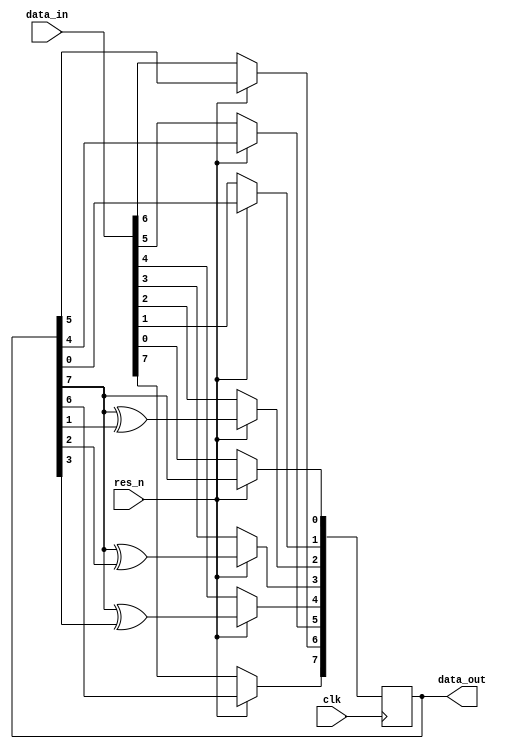
`timescale 1ns / 1ps
//////////////////////////////////////////////////////////////////////////////////
// Lauren Chambers and Kenzie Milhous
// Logic Design with Verilog
// April 2021
// 
// Design Name: 8-bit LFSR
// Module Name: lfsr_behavioral
// Project Name: LFSR
// Description: This 8-bit linear feedback shift register is implemented with behavioral Verilog.
// 
// Dependencies: none
//////////////////////////////////////////////////////////////////////////////////


module lfsr_behavioral(
    input clk, // drives the Flip Flops
    input res_n, // active low reset
    input [7:0] data_in, // load 8-bit bus in on low reset
    output [7:0] data_out // present state of the LFSR
    );
    
    //
    // Q will be synthesized as a register of Flip Flops
    //
    reg [7:0] Q;
    assign data_out = Q;
    
    // 
    // this block is executed 1 time before time 0 
    // Q can be initialized to anything but 0 to generate pseudorandom numbers
    // 
    initial begin
        Q = 8'h01;
    end
	
	//
	// on the positive clock edge the Flip Flops will be updated
	// the if-else is synthesized as a multiplexer
	// non-blocked assignment <= is used for synchronous blocks.
	//
    always @(posedge clk) begin
        if (~res_n) begin
            Q[7:0] <= data_in[7:0];   
        end
        else begin
            Q[0] <= Q[7];
            Q[1] <= Q[0];
            Q[2] <= (Q[7] ^ Q[1]);
            Q[3] <= (Q[7] ^ Q[2]);
            Q[4] <= (Q[7] ^ Q[3]);
            Q[5] <= Q[4];
            Q[6] <= Q[5];
            Q[7] <= Q[6];
        end
    end

    
endmodule